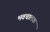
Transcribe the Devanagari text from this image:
भवचालक